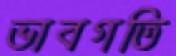
ভাবগতি